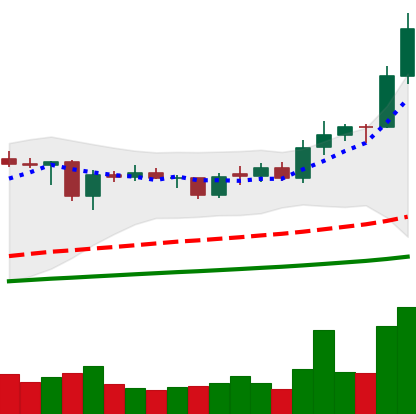
Ticker: ADA-USD
Chart end date: 2021-02-06
Forward return: 47.756%
Label: up_7plus